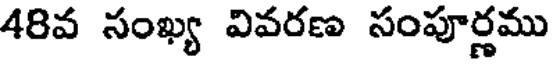
48వ సంఖ్య వివరణ సంపూర్ణము